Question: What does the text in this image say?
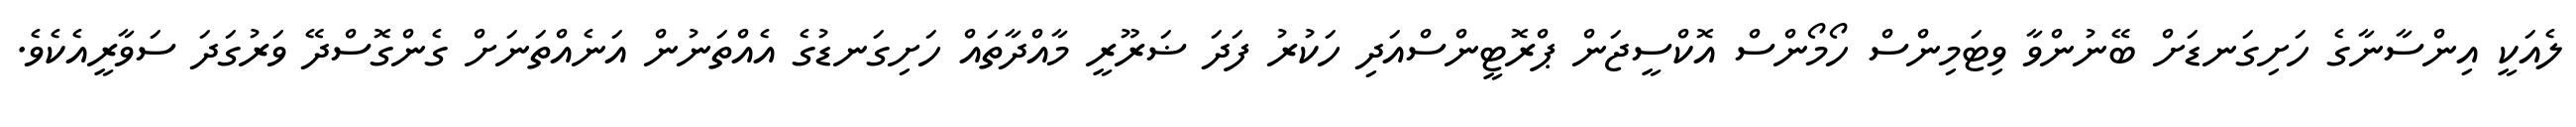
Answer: ލެއަކީ އިންސާނާގެ ހަށިގަނޑަށް ބޭނުންވާ ވިޓަމިންސް ހޯމޯންސް އޮކްސީޖަން ޕްރޮޓީންސްއަދި ހަކުރު ފަދަ ޟަރޫރީ މާއްދާތައް ހަށިގަނޑުގެ އެއްތަނުން އަނެއްތަނަށް ގެންގޮސްދޭ ވަރުގަދަ ސަވާރީއެކެވެ.